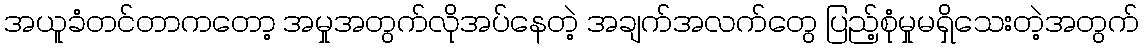
အယူခံတင်တာကတော့ အမှုအတွက်လိုအပ်နေတဲ့ အချက်အလက်တွေ ပြည့်စုံမှုမရှိသေးတဲ့အတွက်